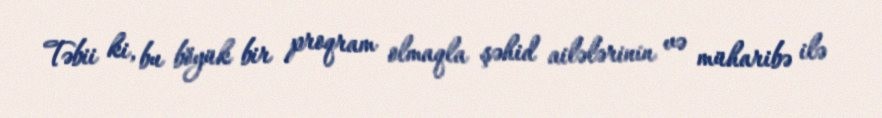
Təbii ki, bu böyük bir proqram olmaqla şəhid ailələrinin və müharibə ilə